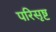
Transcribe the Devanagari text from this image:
परिसृष्ट